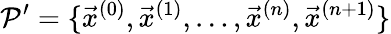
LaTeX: \mathcal{P}^{\prime}=\{ \vec{x}^{(0)},\vec{x}^{(1)},\ldots,\vec{x}^{(n)},\vec{x}^{(n+1)}\}